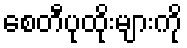
စေတီပုထိုးများကို